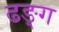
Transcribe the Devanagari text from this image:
ढङ्ग